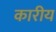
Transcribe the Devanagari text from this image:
कारीय